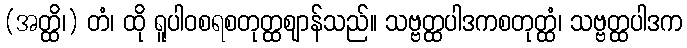
(အတ္ထိ၊) တံ၊ ထို ရူပါဝစရစတုတ္ထဈာန်သည်။ သဗ္ဗတ္ထပါဒကစတုတ္ထံ၊ သဗ္ဗတ္ထပါဒက